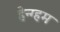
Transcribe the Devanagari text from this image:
हेन्ग्हम